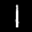
Label: 1